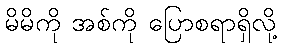
မိမိကို အစ်ကို ပြောစရာရှိလို့